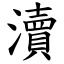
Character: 瀆